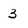
Character: 3